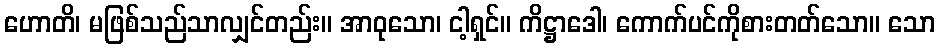
ဟောတိ၊ မဖြစ်သည်သာလျှင်တည်း။ အာဝုသော၊ ငါ့ရှင်။ ကိဋ္ဌာဒေါ၊ ကောက်ပင်ကိုစားတတ်သော။ သော